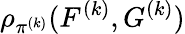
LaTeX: \rho_{\pi^{(k)}}(F^{(k)},G^{(k)})